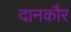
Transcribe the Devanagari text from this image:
दानकौर